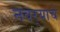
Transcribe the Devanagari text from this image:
नवर्‍याचे